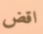
اقض